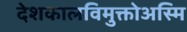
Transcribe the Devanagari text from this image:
देशकालविमुक्तोअस्मि